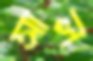
সাল